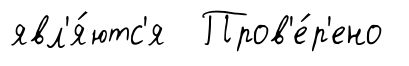
явл'я́ютс'я Пров'е́р'ено